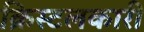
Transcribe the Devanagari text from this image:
क्रिस्टलकारी